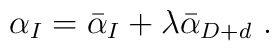
\alpha_I = \bar\alpha_I +\lambda\bar\alpha_{D+d} \ .